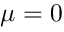
\mu = 0